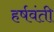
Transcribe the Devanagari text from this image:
हर्षवंती